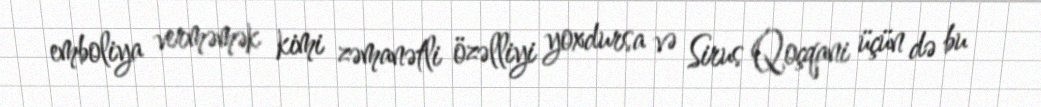
emboliya verməmək kimi zəmanətli özəlliyi yoxdursa və Sirus Qoçqani üçün də bu